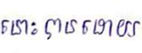
នោះបានដោយ